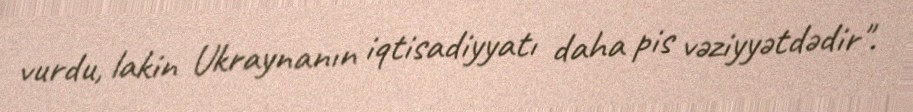
vurdu, lakin Ukraynanın iqtisadiyyatı daha pis vəziyyətdədir".